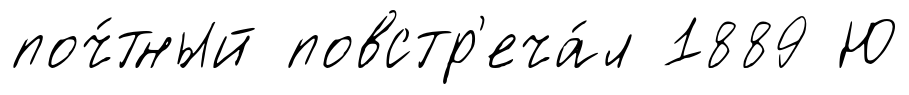
поч́тный повстр'еча́л 1889 Ю